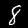
Digit: 8